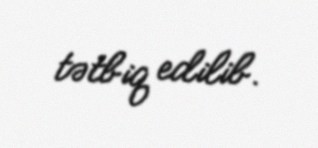
tətbiq edilib.